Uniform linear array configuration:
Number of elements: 64
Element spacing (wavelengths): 0.5
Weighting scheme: uniform
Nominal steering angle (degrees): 30
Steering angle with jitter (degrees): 29.545
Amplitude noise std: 0.05
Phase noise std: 0.05

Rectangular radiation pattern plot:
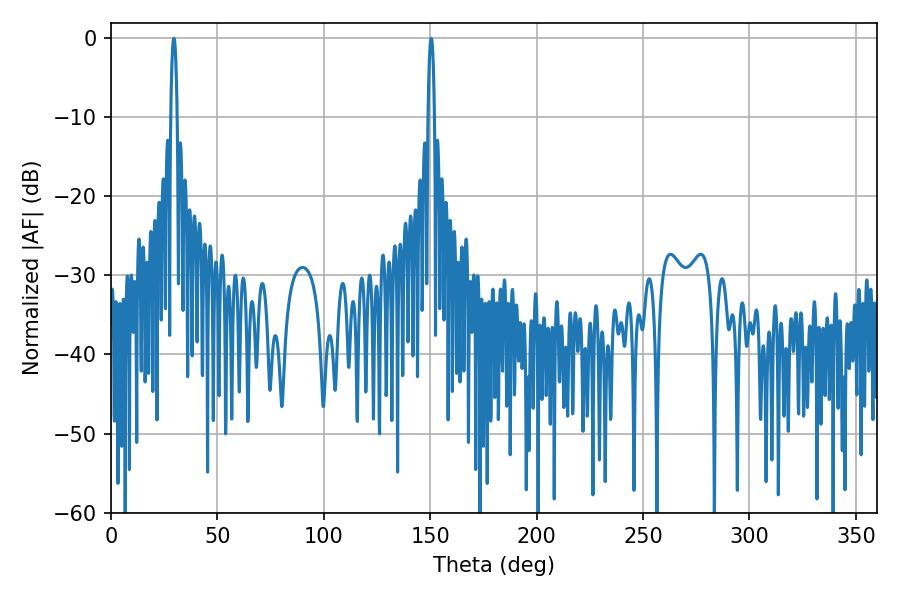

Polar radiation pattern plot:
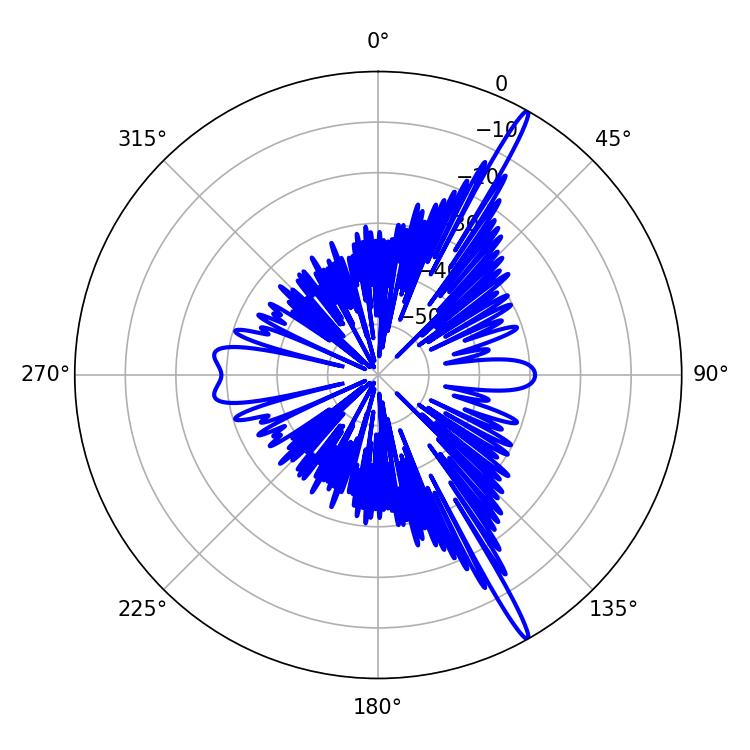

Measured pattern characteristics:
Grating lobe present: FALSE
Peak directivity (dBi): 17.586
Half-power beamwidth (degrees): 1.62
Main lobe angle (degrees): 29.52